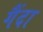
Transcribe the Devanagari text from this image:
गैंदा